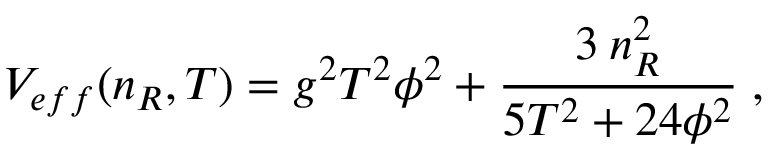
V _ { e f f } ( n _ { R } , T ) = g ^ { 2 } T ^ { 2 } \phi ^ { 2 } + { \frac { 3 \: n _ { R } ^ { 2 } } { 5 T ^ { 2 } + 2 4 \phi ^ { 2 } } } \; ,